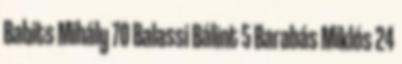
Babits Mihály 70 Balassi Bálint 5 Barabás Miklós 24